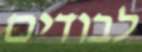
לבודים